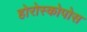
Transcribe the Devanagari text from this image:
होरोस्कोपोस